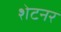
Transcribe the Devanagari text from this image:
शेटनर